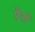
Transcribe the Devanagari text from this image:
पैंनी